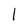
Character: l